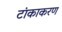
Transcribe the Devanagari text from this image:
टांकाकरण